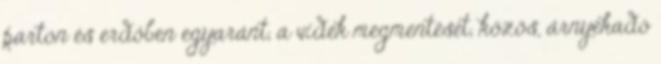
parton és erdőben egyaránt, a vidék megmentését, közös, árnyékadó